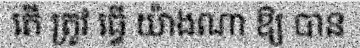
តើ ត្រូវ ធ្វើ យ៉ាងណា ឱ្យ បាន